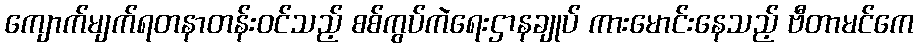
ကျောက်မျက်ရတနာတန်းဝင်သည့် စစ်ကွပ်ကဲရေးဌာနချုပ် ကားမောင်းနေသည့် ဗီတာမင်ကေ